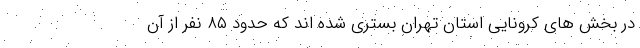
در بخش های کرونایی استان تهران بستری شده اند که حدود ۸۵ نفر از آن